Insane asylums in Bengal annual reports 1867-1875 - 1867-1875
Year: 1867
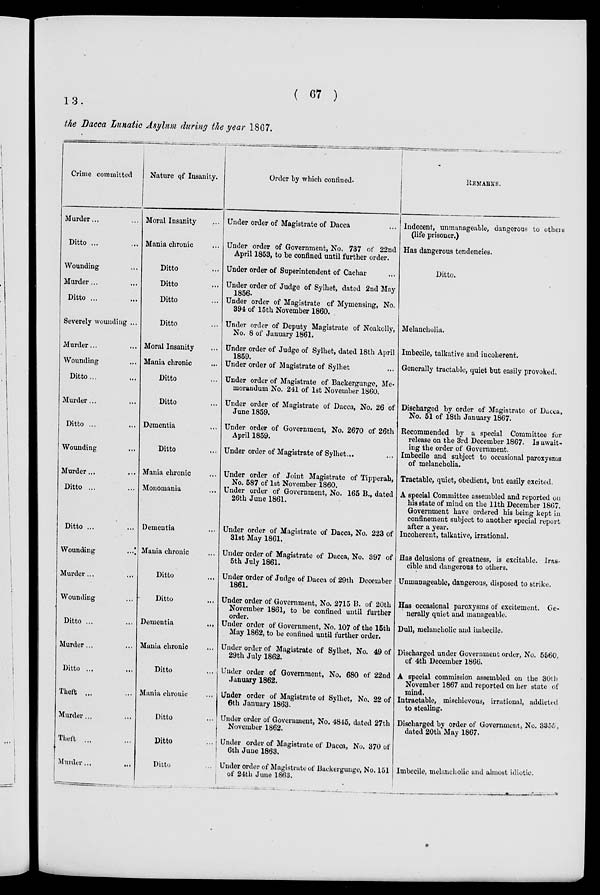
( 67 )
13.
the Dacca Lunatic Asylum during the year 1867.
Crime committed
Murder ... ...
Ditto ... ...
Wounding ...
Murder ... ...
Ditto ... ...
Severely wounding ...
Murder... ...
Wounding ...
Ditto... ...
Murder... ...
Ditto ... ...
Wounding ...
Murder... ...
Ditto ... ...
Ditto ... ...
Wounding
...
Murder ... ...
Wounding ...
Ditto ... ...
Murder... ...
Ditto ...
...
Theft ... ...
Murder ... ...
Theft ... ...
Murder...
...
Nature of Insanity.
Moral Insanity ...
Mania chronic ...
Ditto ...
Ditto ...
Ditto ...
Ditto ...
Moral Insanity ...
Mania chronic ...
Ditto ...
Ditto ...
Dementia ...
Ditto ...
Mania chronic ...
Monomania ...
Dementia ...
Mania chronic ...
Ditto ...
Ditto ...
Dementia
...
Mania chronic ...
Ditto ...
Mania chronic ...
Ditto ...
Ditto ...
Ditto ...
Order by which confined.
Under order of Magistrate of Dacca ...
Under order of Government, No. 737 of 22nd
April 1853, to be confined until further order.
Under order of Superintendent of Cachar ...
Under order of Judge of Sylhet, dated 2nd May
1856.
Under order of Magistrate of Mymensing, No.
394 of 15th November 1860.
Under order of Deputy Magistrate of Noakolly,
No. 8 of January 1861.
Under order of Judge of Sylhet, dated 18th April
1859.
Under order of Magistrate of Sylhet ...
Under order of Magistrate of Backergunge, Me-
morandum No. 241 of 1st November 1860.
Under order of Magistrate of Dacca, No. 26 of
June 1859.
Under order of Government, No. 2670 of 26th
April 1859.
Under order of Magistrate of Sylhet ... ...
Under order of Joint Magistrate of Tipperah,
No. 587 of 1st November 1860.
Under order of Government, No. 165 B., dated
26th June 1861.
Under order of Magistrate of Dacca, No. 223 of
31st May 1861.
Under order of Magistrate of Dacca, No. 397 of
5th July 1861.
Under order of Judge of Dacca of 29th December
1861.
Under order of Government, No. 2715 B. of 20th
November 1861, to be confined until further
order.
Under order of Government, No. 107 of the 15th
May 1862, to be confined until further order.
Under order of Magistrate of Sylhet, No. 49 of
29th July 1862.
Under order of Government, No. 680 of 22nd
January 1862.
Under order of Magistrate of Sylhet, No. 22 of
6th January 1863.
Under order of Government, No. 4845, dated 27th
November 1862.
Under order of Magistrate of Dacca, No. 370 of
6th June 1863.
Under order of Magistrate of Backergunge, No. 151
of 24th June 1863.
REMARKS.
Indecent, unmanageable, dangerous to others
(life prisoner.)
Has dangerous tendencies.
Ditto.
Melancholia.
Imbecile, talkative and incoherent.
Generally tractable, quiet but easily provoked.
Discharged by order of Magistrate of Dacca,
No. 51 of 18th January 1867.
Recommended by a special Committee for
release on the 3rd December 1867. Is await-
ing the order of Government.
Imbecile and subject to occasional paroxysms
of melancholia.
Tractable, quiet, obedient, but easily excited.
A special Committee assembled and reported on
his state of mind on the 11th December 1867.
Government have ordered his being kept in.
confinement subject to another special report
after a year.
Incoherent, talkative, irrational.
Has delusions of greatness, is excitable. Iras-
cible and dangerous to others.
Unmanageable, dangerous, disposed to strike.
Has occasional paroxysms of excitement. Ge-
nerally quiet and manageable.
Dull, melancholic and imbecile.
Discharged under Government order, No. 5560,
of 4th December 1866.
A special commission assembled on the 30th
November 1867 and reported on her state of
mind.
Intractable, mischievous, irrational, addicted
to stealing.
Discharged by order of Government, No. 3355,
dated 20th May 1867.
Imbecile, melancholic and almost idiotic.